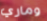
وماري